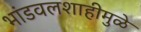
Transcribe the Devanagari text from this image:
भांडवलशाहीमुळे